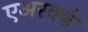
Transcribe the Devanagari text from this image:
एअरवर्क